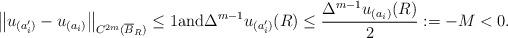
LaTeX: \begin{align*}\left\|u_{(a_i')} - u_{(a_i)}\right\|_{C^{2m}(\overline B_{R})} \leq 1\mbox{and} \Delta^{m-1}u_{(a_i')}(R) \leq\frac{\Delta^{m-1}u_{(a_i)}(R)}{2} := -M < 0.\end{align*}